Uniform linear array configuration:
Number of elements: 24
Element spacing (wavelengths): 0.75
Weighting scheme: blackman
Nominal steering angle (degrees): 15
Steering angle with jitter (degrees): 13.735
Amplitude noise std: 0.05
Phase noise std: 0.05

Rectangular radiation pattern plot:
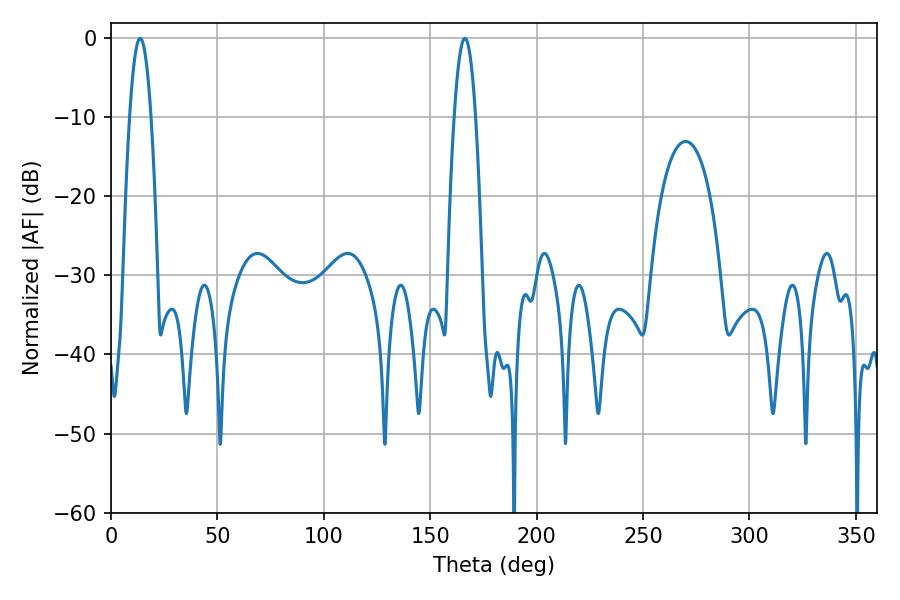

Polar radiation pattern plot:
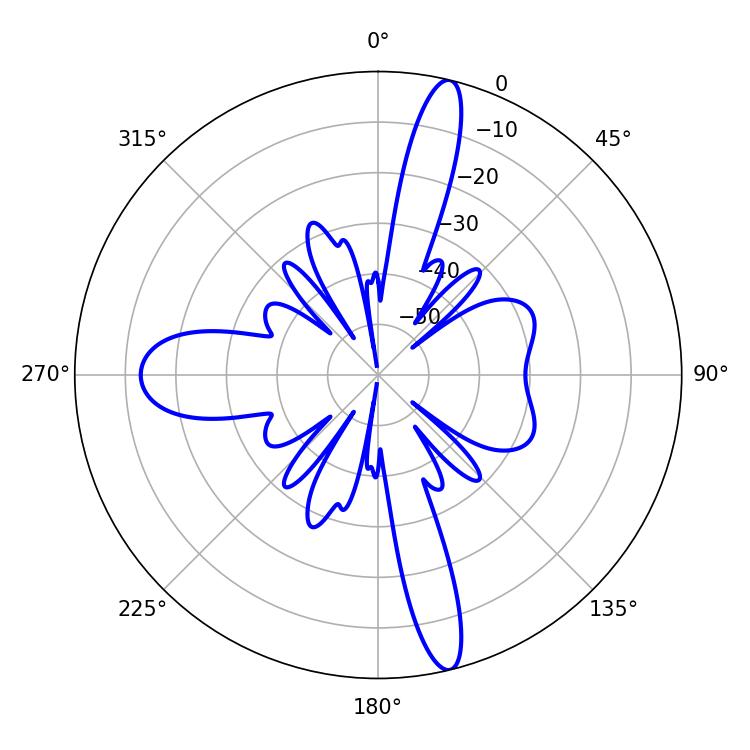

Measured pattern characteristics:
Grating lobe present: TRUE
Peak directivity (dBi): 17.373
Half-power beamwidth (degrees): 5.4
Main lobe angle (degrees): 166.32